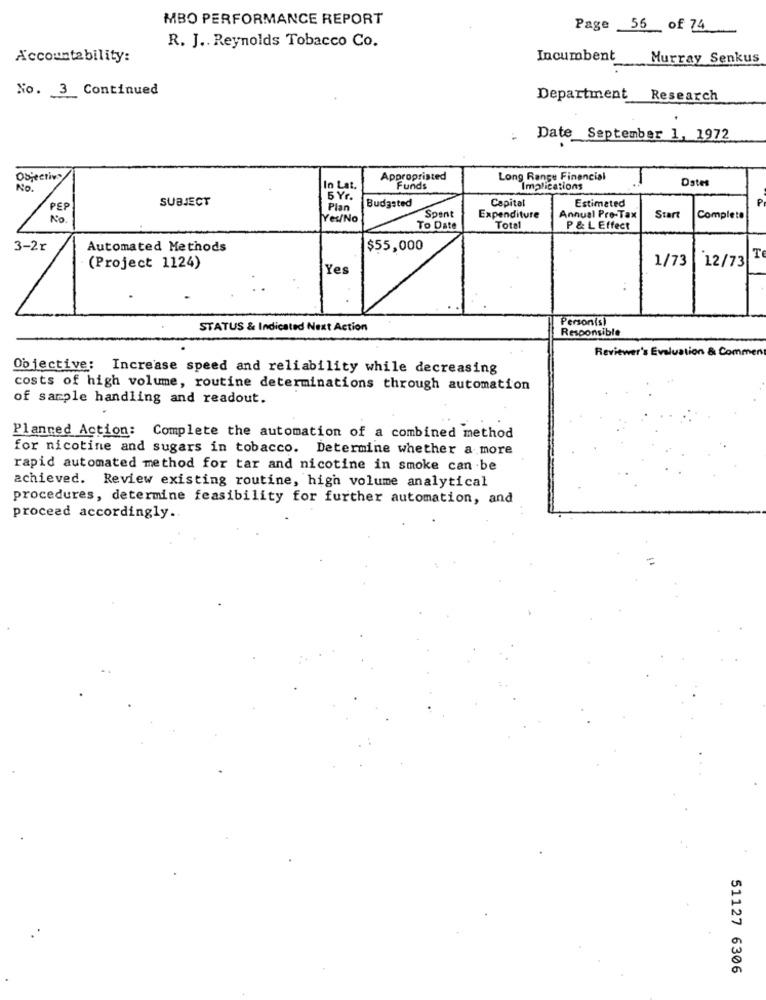
MBO PERFORMANCE REPORT
Page 56 of 74
R. J .. Reynolds Tobacco Co.
Accountability:
Incumbent
Murray Senkus
No. 3 Continued
Department
Research
Date September 1, 1972
Objectivo
Appropriated
Long Range Financial
Dates
No.
In Lat.
Funds
Implications
SUBJECT
5 Yr.
Budgeted
Capital
PEP
Plan
Estimated
No.
Yes/No
Spent
Expenditure
Annual Pro-Tax
Start
Complete
To Date
Total
P & L Effect
3-2r
Automated Methods
$55,000
T
1/73
(Project 1124)
Yes
12/73
Personisi
STATUS & Indicated Next Action
Responsible
Reviewer's Evaluation & Comment
Objective: Increase speed and reliability while decreasing
costs of high volume, routine determinations through automation
of sample handling and readout.
Planned Action: Complete the automation of a combined method
for nicotine and sugars in tobacco. Determine whether a more
rapid automated method for tar and nicotine in smoke can be
achieved. Review existing routine, high volume analytical
procedures, determine feasibility for further automation, and
proceed accordingly ..
51127 6306